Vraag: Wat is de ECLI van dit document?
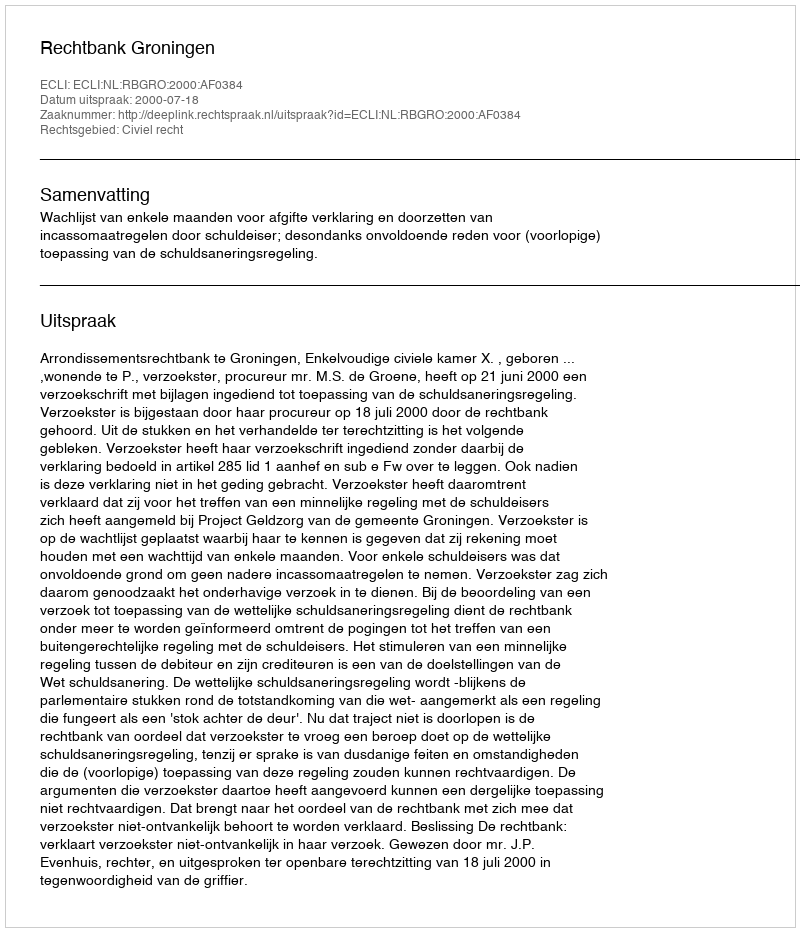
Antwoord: ECLI:NL:RBGRO:2000:AF0384